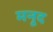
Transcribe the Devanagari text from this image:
मनूद